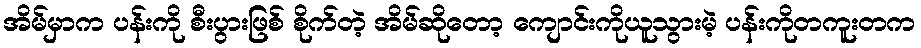
အိမ်မှာက ပန်းကို စီးပွားဖြစ် စိုက်တဲ့ အိမ်ဆိုတော့ ကျောင်းကိုယူသွားမဲ့ ပန်းကိုတကူးတက